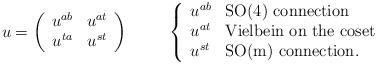
LaTeX: \begin{align*}u = \left(\begin{array}{cc}u^{ab} & u^{at}\\ u^{ta} & u^{st}\end{array}\right) \hskip 1cm \left\{\begin{array}{ll}u^{ab} & \mbox{SO(4) connection} \\u^{at} & \mbox{Vielbein on the coset}\\u^{st} & \mbox{SO(m) connection.} \end{array}\right.\end{align*}